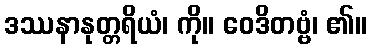
ဒဿနာနုတ္တရိယံ၊ ကို။ ဝေဒိတဗ္ဗံ၊ ၏။